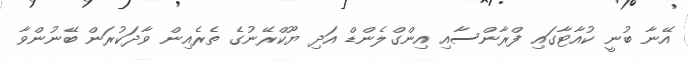
އޭނާ ބުނީ ކުއާޓާގައި ފްރާންސާއި އިންގްލެންޑް އަދި ޔޫކްރޭނުގެ ތެރެއިން ވާދަކުރަން ބޭނުންވާ